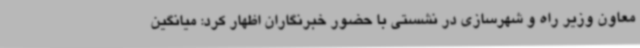
معاون وزیر راه و شهرسازی در نشستی با حضور خبرنگاران اظهار کرد: میانگین